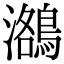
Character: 𪃕